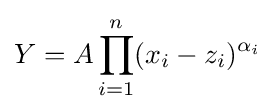
Y=A\prod _{i=1}^{n}(x_{i}-z_{i})^{\alpha _{i}}